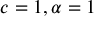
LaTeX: c = 1 , \alpha = 1